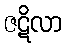
ဇဋိလာ